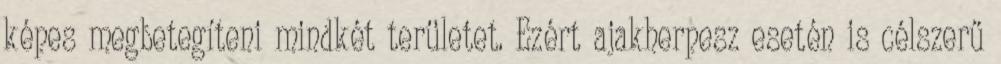
képes megbetegíteni mindkét területet. Ezért ajakherpesz esetén is célszerű